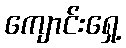
ကျောင်းရှေ့